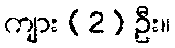
ကျား (2) ဦး။